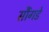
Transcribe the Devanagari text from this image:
सौंगडे